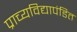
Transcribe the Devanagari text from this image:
प्राच्यविद्यापंडित